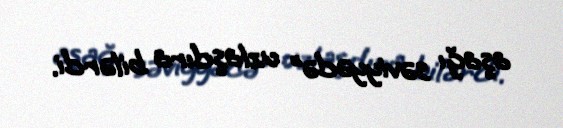
aşağı səviyyədə” uzlaşdıra bilərdi.